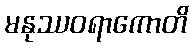
မနုဿဝရာကောတိ